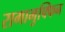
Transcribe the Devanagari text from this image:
रागामुफ्फिन